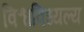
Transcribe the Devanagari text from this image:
विश्वविध्यल्य